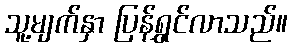
သူ့မျက်နှာ ပြန်ရွှင်လာသည်။